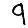
Digit: 9